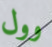
وول